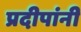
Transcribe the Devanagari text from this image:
प्रदीपांनी